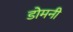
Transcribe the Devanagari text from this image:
डोमनी